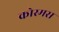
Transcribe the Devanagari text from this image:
कोस्मस